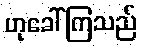
ဟုခေါ်ကြသည်